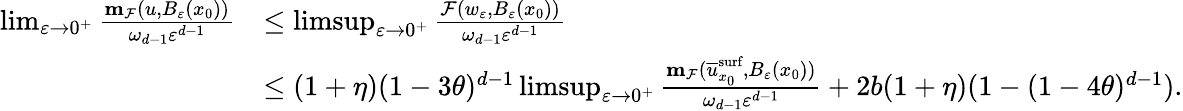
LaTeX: \begin{array}{rl}{\operatorname*{lim}_{\varepsilon\to 0^{+}}\frac{\mathbf{m}_{\mathcal{F}}(u,B_{\varepsilon}(x_{0}))}{\omega_{d-1}\varepsilon^{d-1}}}&{\leq\operatorname*{limsup}_{\varepsilon\to 0^{+}}\frac{\mathcal{F}(w_{\varepsilon},B_{\varepsilon}(x_{0}))}{\omega_{d-1}\varepsilon^{d-1}}}\\ &{\leq(1+\eta)(1-3\theta)^{d-1}\operatorname*{limsup}_{\varepsilon\to 0^{+}}\frac{\mathbf{m}_{\mathcal{F}}(\overline{{u}}_{x_{0}}^{\textnormal{surf}},B_{\varepsilon}(x_{0}))}{\omega_{d-1}\varepsilon^{d-1}}+2b(1+\eta)(1-(1-4\theta)^{d-1}).}\end{array}